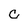
Character: C